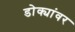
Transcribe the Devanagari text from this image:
डोक्यांवर